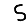
Digit: 5